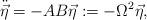
LaTeX: \begin{align*}\ddot{\vec{\eta}}=-AB\vec{\eta}:=-\Omega ^{2}\vec{\eta}, \end{align*}